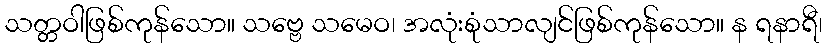
သတ္တဝါဖြစ်ကုန်သော။ သဗ္ဗေ သမေဝ၊ အလုံးစုံသာလျင်ဖြစ်ကုန်သော။ န ရနာရီ၊